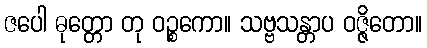
ဇပေါ ဓုတ္တော တု ဝဉ္စကော။ သဗ္ဗသန္တာပ ဝဇ္ဇိတော။